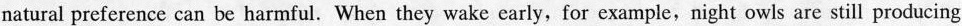
natural preference can be harmful, When they wake early, for example, night owls are still producing